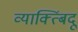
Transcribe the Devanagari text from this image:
व्याक्त्बिंदू